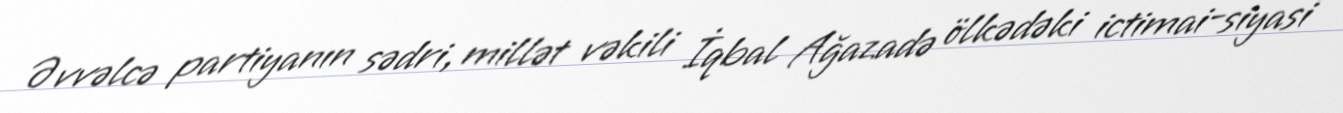
Əvvəlcə partiyanın sədri, millət vəkili İqbal Ağazadə ölkədəki ictimai-siyasi